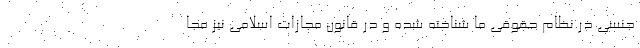
جنسی در نظام حقوقی ما شناخته شده و در قانون مجازات اسلامی نیز مجا